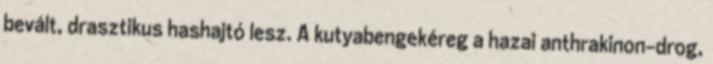
bevált, drasztikus hashajtó lesz. A kutyabengekéreg a hazai anthrakinon-drog,